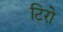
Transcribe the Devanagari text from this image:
टिरो